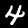
Label: 4